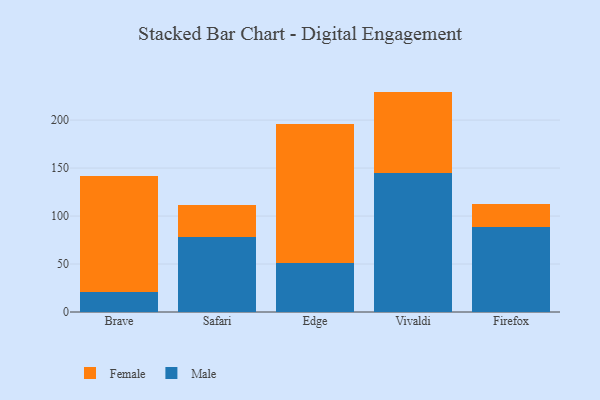
{"axis": {"x": "Browser", "y": "Operating Costs (USD K)"}, "legend": ["Female", "Male"], "data": [{"x": "Brave", "y": 20.5, "type": "Male"}, {"x": "Brave", "y": 121.7, "type": "Female"}, {"x": "Safari", "y": 77.8, "type": "Male"}, {"x": "Safari", "y": 33.3, "type": "Female"}, {"x": "Edge", "y": 50.6, "type": "Male"}, {"x": "Edge", "y": 144.9, "type": "Female"}, {"x": "Vivaldi", "y": 144.9, "type": "Male"}, {"x": "Vivaldi", "y": 84.8, "type": "Female"}, {"x": "Firefox", "y": 88.4, "type": "Male"}, {"x": "Firefox", "y": 24.4, "type": "Female"}]}